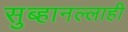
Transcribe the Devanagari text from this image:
सुब्हानल्लाही